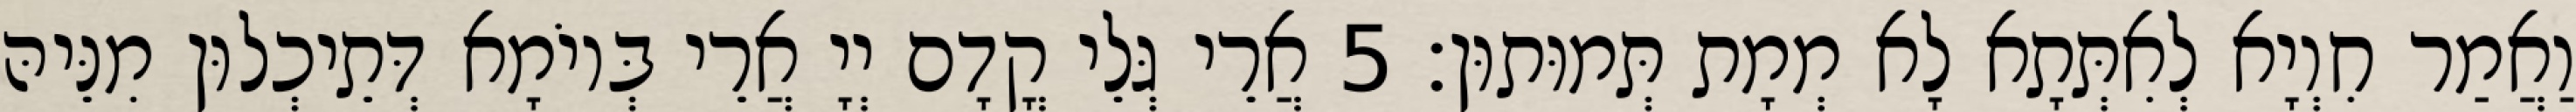
וַאֲמַר חִוְיָא לְאִתְּתָא לָא מְמָת תְּמוּתוּן׃ 5 אֲרֵי גְּלֵי קֳדָם יְיָ אֲרֵי בְּיוֹמָא דְּתֵיכְלוּן מִנֵּיהּ